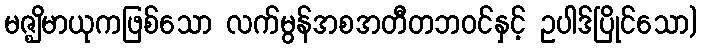
မဇ္ဈိမာယုကဖြစ်သော လက်မွန်အစအတီတဘဝင်နှင့် ဥပါဒ်ပြိုင်သော)